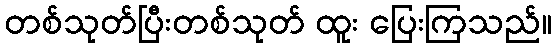
တစ်သုတ်ပြီးတစ်သုတ် ထူး ပြေးကြသည်။